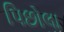
પિછોલા